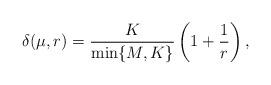
LaTeX: \begin{align*}\delta(\mu,r) = \frac{K}{\min\{M,K\}}\left(1 + \frac{1}{r}\right),\end{align*}